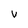
Character: V